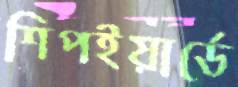
শিপইয়ার্ডে